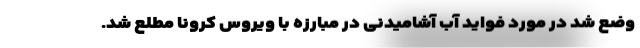
وضع شد در مورد فواید آب آشامیدنی در مبارزه با ویروس کرونا مطلع شد.